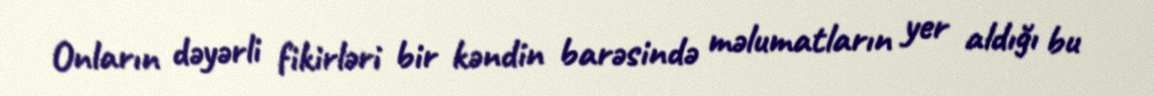
Onların dəyərli fikirləri bir kəndin barəsində məlumatların yer aldığı bu